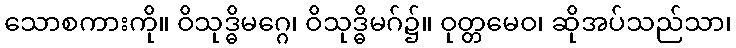
သောစကားကို။ ဝိသုဒ္ဓိမဂ္ဂေ၊ ဝိသုဒ္ဓိမဂ်၌။ ဝုတ္တမေဝ၊ ဆိုအပ်သည်သာ၊